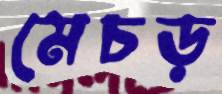
মেচড়